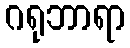
ဂရုဘာရာ